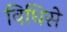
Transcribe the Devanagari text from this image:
विधिसे